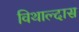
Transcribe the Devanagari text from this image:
विथाल्दास